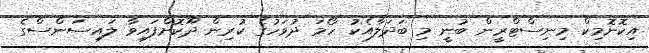
އިކޮނޮމިކް މިިނިސްޓްރީން ބުނީ މި ބަދަލާއެކު ހޯމަ ދުވަހުގެ ކުރިން ދޫކޮށްފައިވާ ލައިސަންސްގެ